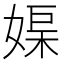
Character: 𡞮